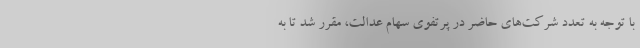
با توجه به تعدد شرکت‌های حاضر در پرتفوی سهام عدالت، مقرر شد تا به